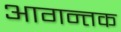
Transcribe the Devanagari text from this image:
आगन्तक